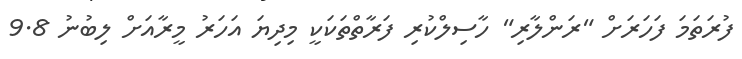
ފުރަތަމަ ފަހަރަށް "ރަންލާރި" ހާސިލްކުރި ފަރާތްތަކަކީ މިދިޔަ އަހަރު މީރާއަށް ލިބުނު 9.8